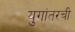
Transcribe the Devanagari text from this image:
युगांतरची